Annual report of the Civil Veterinary Department, Bengal, for the year 1897-98 - 1897-1898
Year: 1897
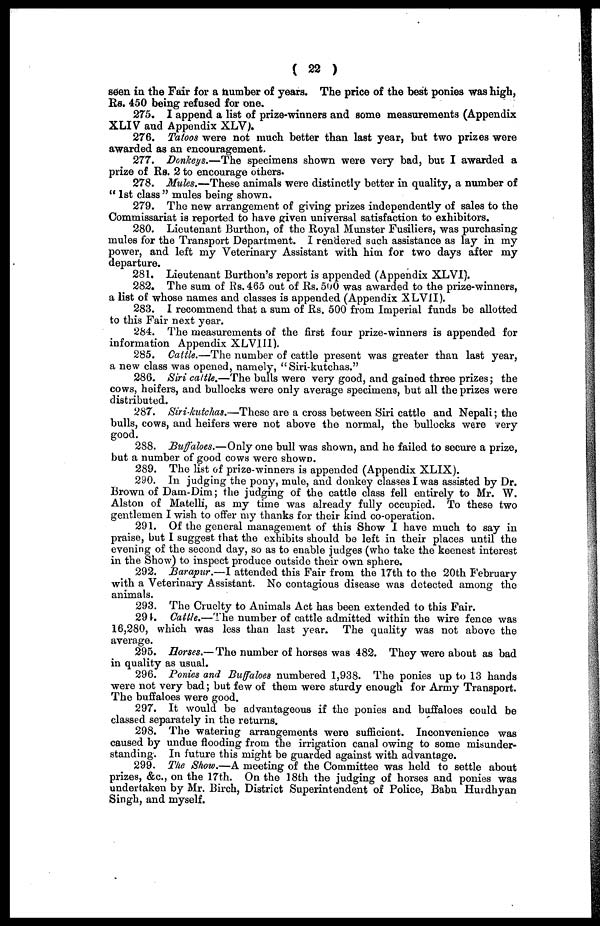
( 22 )
seen in the Fair for a number of years. The price of the best ponies was high,
Rs. 450 being refused for one.
275. I append a list of prize-winners and some measurements (Appendix
XLIV and Appendix XLV).
276. Tatoos were not much better than last year, but two prizes were
awarded as an encouragement.
277. Donkeys.—The specimens shown were very bad, but I awarded a
prize of Rs. 2 to encourage others.
278. Mules.—These animals were distinctly better in quality, a number of
"1st class" mules being shown.
279. The new arrangement of giving prizes independently of sales to the
Commissariat is reported to have given universal satisfaction to exhibitors.
280. Lieutenant Burthon, of the Royal Munster Fusiliers, was purchasing
mules for the Transport Department. I rendered such assistance as lay in my
power, and left my Veterinary Assistant with him for two days after my
departure.
281. Lieutenant Burthon's report is appended (Appendix XLVI).
282. The sum of Rs. 465 out of Rs. 500 was awarded to the prize-winners,
a list of whose names and classes is appended (Appendix XLVII).
283. I recommend that a sum of Rs. 500 from Imperial funds be allotted
to this Fair next year.
284. The measurements of the first four prize-winners is appended for
information Appendix XLVIII).
285. Cattle.—The number of cattle present was greater than last year,
a new class was opened, namely, "Siri-kutchas."
286. Siri cattle.—The bulls were very good, and gained three prizes; the
cows, heifers, and bullocks were only average specimens, but all the prizes were
distributed.
287. Siri-kutchas.—These are a cross between Siri cattle and Nepali; the
bulls, cows, and heifers were not above the normal, the bullocks were very
good.
288. Buffaloes.—Only one bull was shown, and he failed to secure a prize,
but a number of good cows were shown.
289. The list of prize-winners is appended (Appendix XLIX).
290. In judging the pony, mule, and donkey classes I was assisted by Dr.
Brown of Dam-Dim; the judging of the cattle class fell entirely to Mr. W.
Alston of Matelli, as my time was already fully occupied. To these two
gentlemen I wish to offer my thanks for their kind co-operation.
291. Of the general management of this Show I have much to say in
praise, but I suggest that the exhibits should be left in their places until the
evening of the second day, so as to enable judges (who take the keenest interest
in the Show) to inspect produce outside their own sphere.
292. Barapur.—I attended this Fair from the 17th to the 20th February
with a Veterinary Assistant. No contagious disease was detected among the
animals.
293. The Cruelty to Animals Act has been extended to this Fair.
291. Cattle.—The number of cattle admitted within the wire fence was
16,280, which was less than last year. The quality was not above the
average.
295. Horses.—The number of horses was 482. They were about as bad
in quality as usual.
296. Ponies and Buffaloes numbered 1,938. The ponies up to 13 hands
were not very bad; but few of them were sturdy enough for Army Transport.
The buffaloes were good.
297. It would be advantageous if the ponies and buffaloes could be
classed separately in the returns.
298. The watering arrangements were sufficient. Inconvenience was
caused by undue flooding from the irrigation canal owing to some misunder-
standing. In future this might be guarded against with advantage.
299. The Show.—A meeting of the Committee was held to settle about
prizes, &c, on the 17th. On the 18th the judging of horses and ponies was
undertaken by Mr. Birch, District Superintendent of Police, Babu Hurdhyan
Singh, and myself.